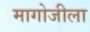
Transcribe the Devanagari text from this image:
मागोजीला